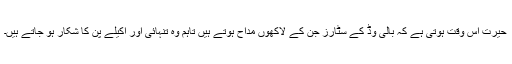
حیرت اس وقت ہوتی ہے کہ بالی وڈ کے سٹارز جن کے لاکھوں مداح ہوتے ہیں تاہم وہ تنہائی اور اکیلے پن کا شکار ہو جاتے ہیں۔